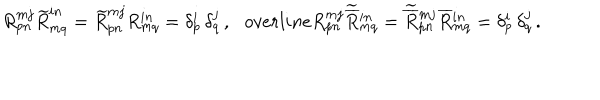
LaTeX: R _ { p n } ^ { m j } \widetilde { R } _ { m q } ^ { i n } = \widetilde { R } _ { p n } ^ { m j } R _ { m q } ^ { i n } = \delta _ { p } ^ { i } \, \delta _ { q } ^ { j } \, , \ \ \, o v e r l i n e { R } { } _ { p n } ^ { m j } \widetilde { \overline { { { R } } } } { } _ { m q } ^ { i n } = \widetilde { \overline { { { R } } } } { } _ { p n } ^ { m j } \overline { { { R } } } { } _ { m q } ^ { i n } = \delta _ { p } ^ { i } \, \delta _ { q } ^ { j } \, .